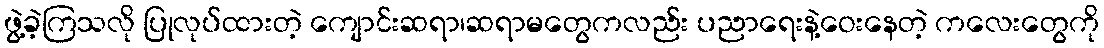
ဖွဲ့ခဲ့ကြသလို ပြုလုပ်ထားတဲ့ ကျောင်းဆရာ၊ဆရာမတွေကလည်း ပညာရေးနဲ့ဝေးနေတဲ့ ကလေးတွေကို